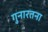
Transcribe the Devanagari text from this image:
गुनारतना